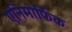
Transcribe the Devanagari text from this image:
एनिमोर्फिक